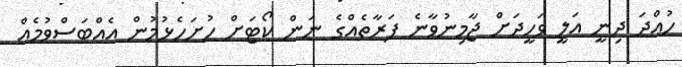
ހުއްދަ ދިނީ އަލީ ވަހީދަށް ޖާމިނުވާނެ ފަރާތެއްގެ ނަން ކޯޓަށް ހުށަހެޅުމުން އެއްބަސްވުމެއް